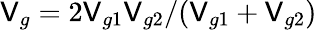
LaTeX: \mathsf{V}_{g}=2\mathsf{V}_{g1}\mathsf{V}_{g2}/(\mathsf{V}_{g1}+\mathsf{V}_{g2})